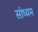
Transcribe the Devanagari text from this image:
सांध्यम